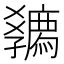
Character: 𡦴